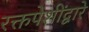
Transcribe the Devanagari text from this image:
रक्तपेशींद्वारे